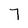
Character: 7